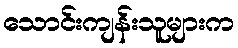
သောင်းကျန်းသူများက